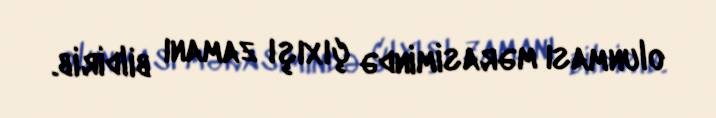
olunması mərasimində çıxışı zamanı bildirib.